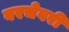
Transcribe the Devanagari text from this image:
वरचेवरी